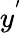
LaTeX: y^{'}